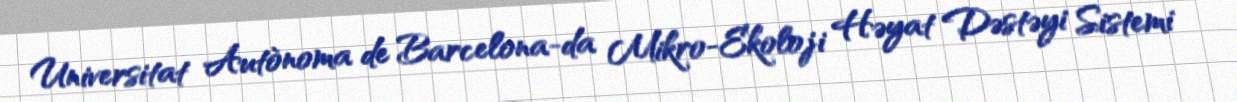
Universitat Autònoma de Barcelona-da Mikro-Ekoloji Həyat Dəstəyi Sistemi